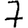
Digit: 7